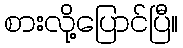
စားလို့ပြောင်ပြီ။